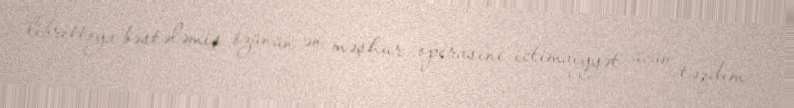
librettoya bəstələmiş özünün ən məşhur operasını ictimaiyyət üçün təqdim